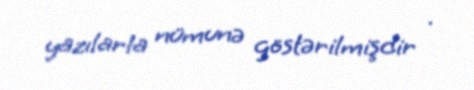
yazılarla nümunə göstərilmişdir .